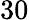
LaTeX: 30